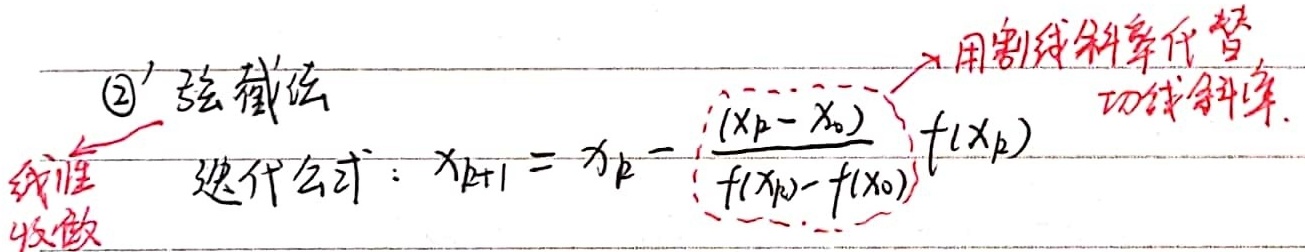
\textcircled{2} 弦截法迭代公式：$x_{k + 1}=x_{k}-\frac{(x_{k}-x_{0})}{f(x_{k}) - f(x_{0})}f(x_{k})$ → 用割线斜率代替切线斜率。【我准收敛】